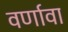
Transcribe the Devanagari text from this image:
वर्णावा